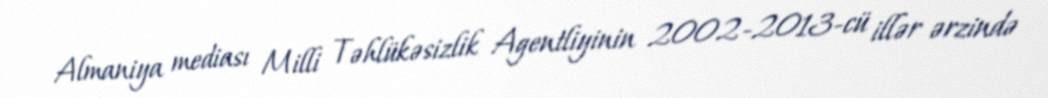
Almaniya mediası Milli Təhlükəsizlik Agentliyinin 2002-2013-cü illər ərzində